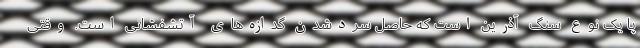
پا یک نوع سنگ آذرین است که حاصل سردشدن گدازه‌های آتشفشانی است. وقتی